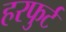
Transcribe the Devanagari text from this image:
हरफुर्ट